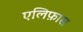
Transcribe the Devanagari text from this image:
एलिफ़ास